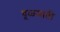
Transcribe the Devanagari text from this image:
धूळमाती